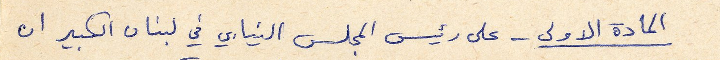
المادة الاولى - على رئيس المجلس النيابي في لبنان الكبير ان